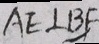
A E \bot B F